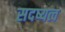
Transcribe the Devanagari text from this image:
सदष्यत्व